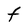
Character: F